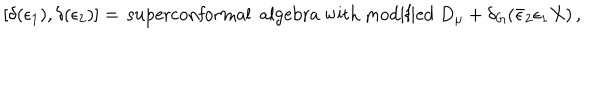
\left[ \delta ( \epsilon _ { 1 } ) , \delta ( \epsilon _ { 2 } ) \right] = \, \mathrm { s u p e r c o n f o r m a l ~ a l g e b r a ~ w i t h ~ m o d i f i e d ~ } D _ { \mu } + \delta _ { G } ( \bar { \epsilon } _ { 2 } \epsilon _ { 1 } X ) \, ,